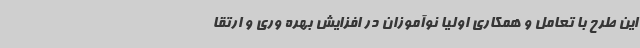
این طرح با تعامل و همکاری اولیا نوآموزان در افزایش بهره وری و ارتقا